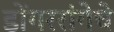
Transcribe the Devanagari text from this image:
डोंगररांगेचे